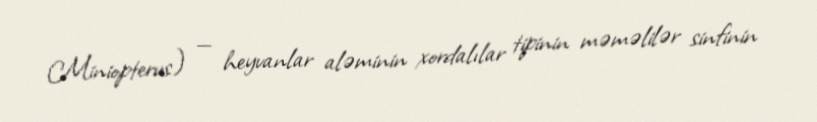
Miniopterus) — heyvanlar aləminin xordalılar tipinin məməlilər sinfinin